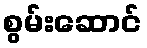
စွမ်းဆောင်